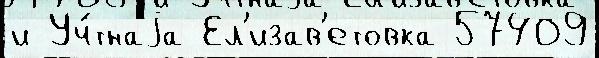
и Уч́тнаjа Ел'изав'етовка 57409